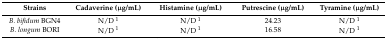
<table><thead><tr><td><b>Strains</b></td><td><b>Cadaverine (μg/mL)</b></td><td><b>Histamine (μg/mL)</b></td><td><b>Putrescine (μg/mL)</b></td><td><b>Tyramine (μg/mL)</b></td></tr></thead><tbody><tr><td><i>B. bifidum</i> BGN4</td><td>N/D <sup>1</sup></td><td>N/D <sup>1</sup></td><td>24.23</td><td>N/D <sup>1</sup></td></tr><tr><td><i>B. longum</i> BORI</td><td>N/D <sup>1</sup></td><td>N/D <sup>1</sup></td><td>16.58</td><td>N/D <sup>1</sup></td></tr></tbody></table>